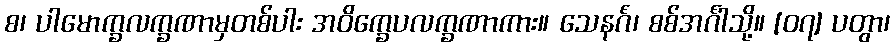
စ၊ ပါမောက္ခလက္ခဏာမှတစ်ပါး အဝိက္ခေပလက္ခဏာကား။ သေနင်္ဂံ၊ စစ်အင်္ဂါသို့။ [၀၇] ပတွာ၊